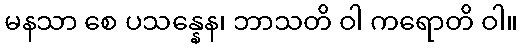
မနသာ စေ ပသန္နေန၊ ဘာသတိ ဝါ ကရောတိ ဝါ။